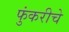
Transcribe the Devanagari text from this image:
फुंकरीचे